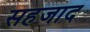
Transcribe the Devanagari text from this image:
सहजाद